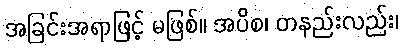
အခြင်းအရာဖြင့် မဖြစ်။ အပိစ၊ တနည်းလည်း၊